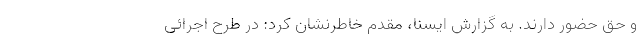
و حق حضور دارند. به گزارش ایسنا، مقدم خاطرنشان کرد:‌ در طرح اجرائی